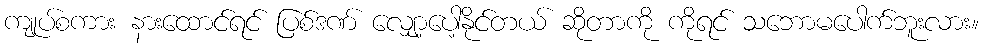
ကျုပ်စကား နားထောင်ရင် ပြစ်ဒဏ် လျှော့ပေါ့နိုင်တယ် ဆိုတာကို ကိုရင် သဘောမပေါက်ဘူးလား။